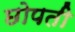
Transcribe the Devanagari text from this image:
छोपती